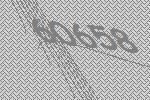
60658